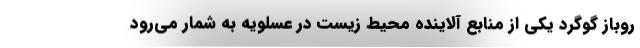
روباز گوگرد یکی از منابع آلاینده محیط زیست در عسلویه به شمار می‌رود